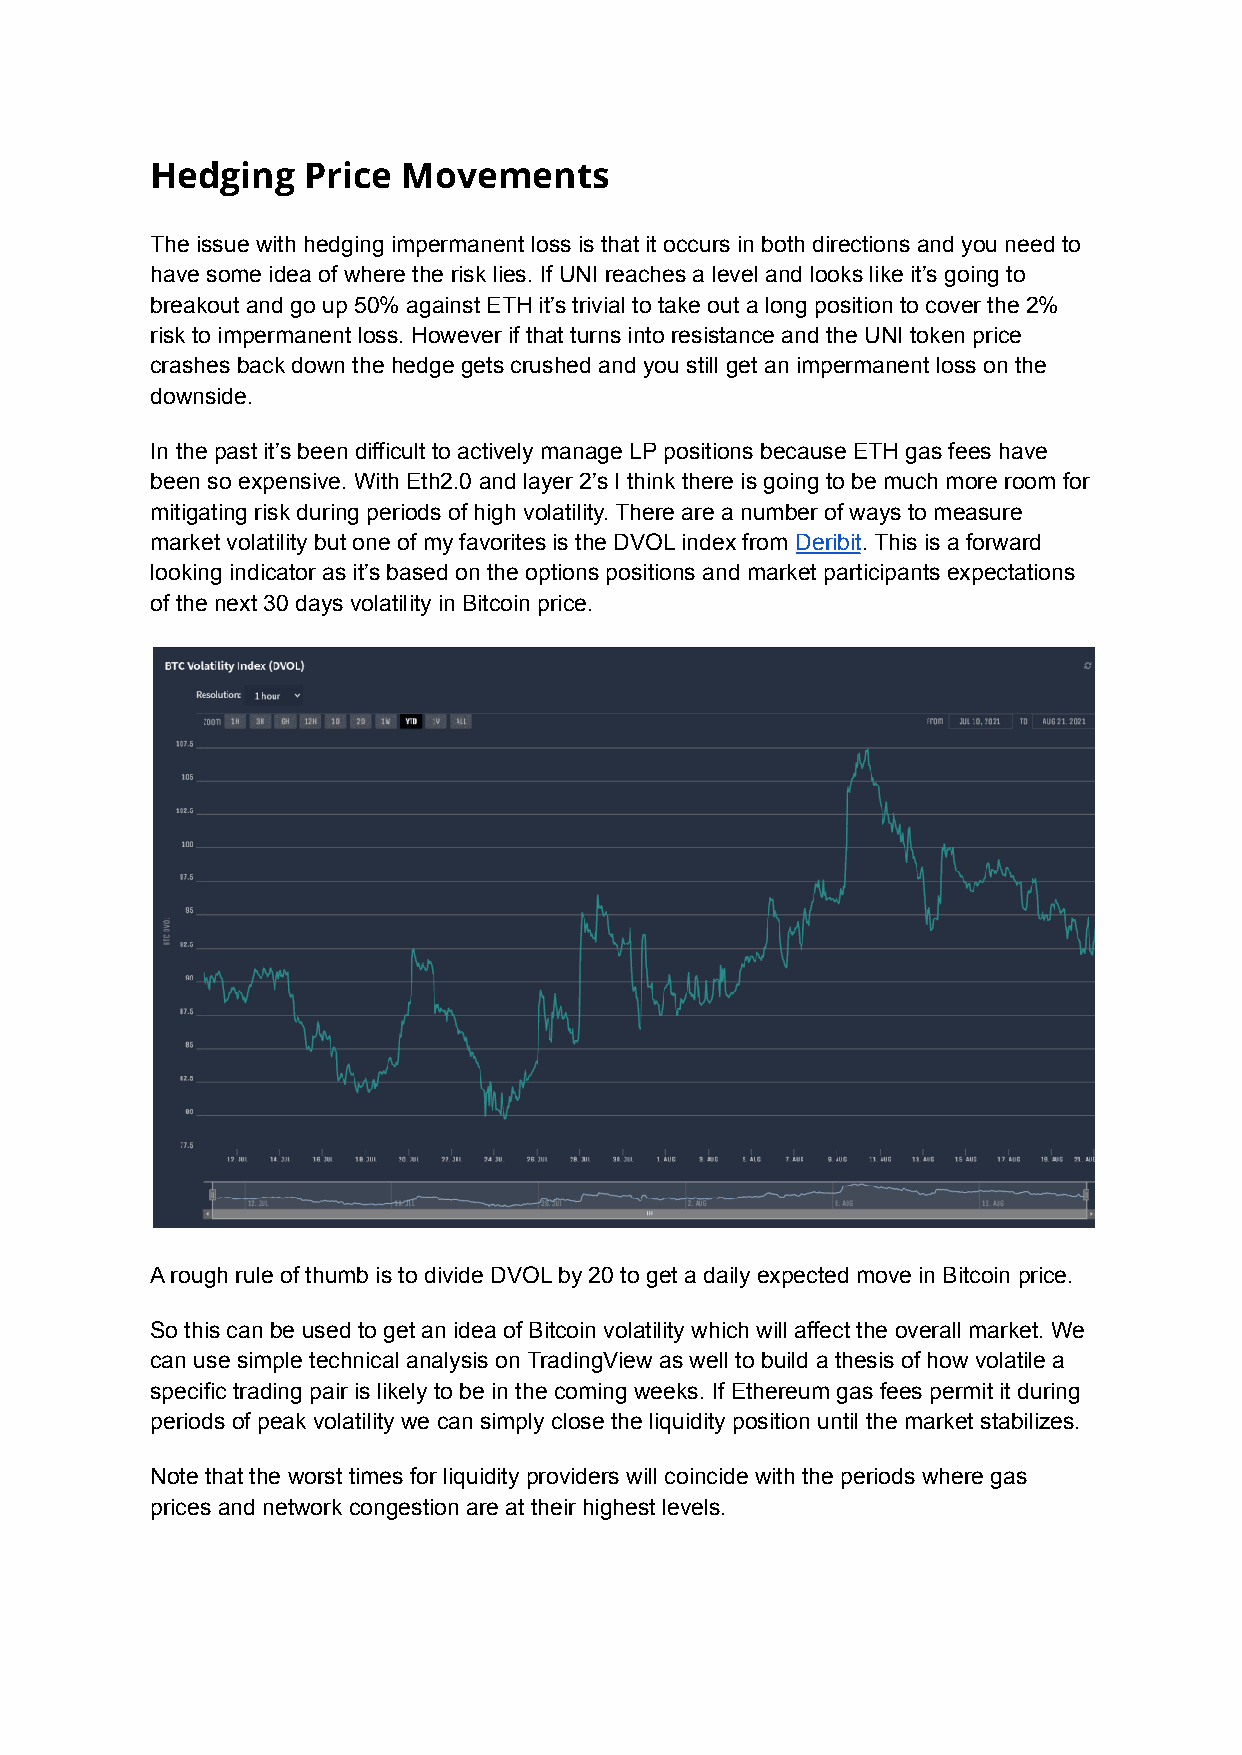
Hedging   Price  Movements
 The issue with hedging impermanent loss is that it occurs in both directions and you need to
 have some idea of where the risk lies. If UNI reaches a level and looks like it’s going to
 breakout and go up 50% against ETH it’s trivial to take out a long position to cover the 2%
 risk to impermanent loss. However if that turns into resistance and the UNI token price
 crashes back down the hedge gets crushed and you still get an impermanent loss on the
 downside.
 In the past it’s been difficult to actively manage LP positions because ETH gas fees have
 been so expensive. With Eth2.0 and layer 2’s I think there is going to be much more room for
 mitigating risk during periods of high volatility. There are a number of ways to measure
 market volatility but one of my favorites is the DVOL index from Deribit. This is a forward
 looking indicator as it’s based on the options positions and market participants expectations
 of the next 30 days volatility in Bitcoin price.
 A rough rule of thumb is to divide DVOL by 20 to get a daily expected move in Bitcoin price.
 So this can be used to get an idea of Bitcoin volatility which will affect the overall market. We
 can use simple technical analysis on TradingView as well to build a thesis of how volatile a
 specific trading pair is likely to be in the coming weeks. If Ethereum gas fees permit it during
 periods of peak volatility we can simply close the liquidity position until the market stabilizes.
 Note that the worst times for liquidity providers will coincide with the periods where gas
 prices and network congestion are at their highest levels.